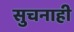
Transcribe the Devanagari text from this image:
सुचनाही